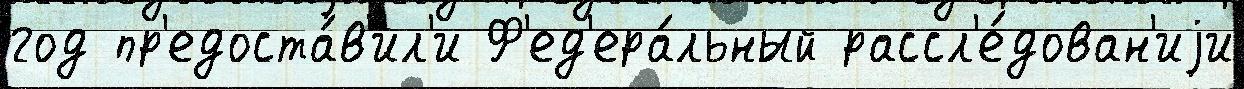
год пр'едоста́в'ил'и Ф'ед'ера́льный рассл'е́дован'иjи